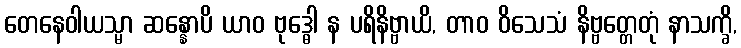
တေနေဝါယသ္မာ ဆန္နောပိ ယာဝ ဗုဒ္ဓေါ န ပရိနိဗ္ဗာယိ, တာဝ ဝိသေသံ နိဗ္ဗတ္တေတုံ နာသက္ခိ,